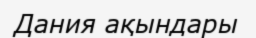
Дания ақындары